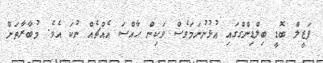
ފަޒީލް ބޮޑީ ބިލްޑިންގްގައި އުޅުނުނަމަވެސް ވަކިން ހާއްސަ އެއްޗެއް ނުކަ އެވެ. މުބާރާތަށް